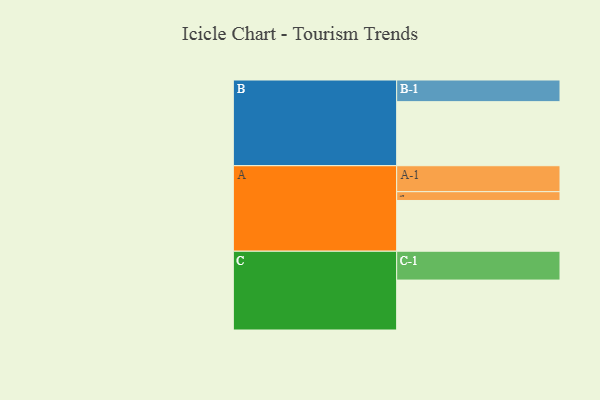
{"axis": {"x": "Segment", "y": "Value"}, "legend": ["", "A", "B", "C"], "data": [{"x": "A", "y": 438, "type": ""}, {"x": "B", "y": 553, "type": ""}, {"x": "C", "y": 431, "type": ""}, {"x": "A-1", "y": 224, "type": "A"}, {"x": "A-2", "y": 76, "type": "A"}, {"x": "B-1", "y": 187, "type": "B"}, {"x": "C-1", "y": 249, "type": "C"}]}